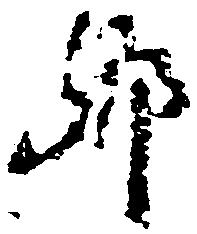
郷